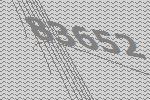
83652